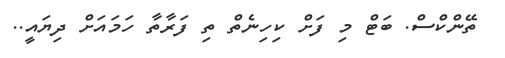
ތޭންކްސް. ބަޓް މި ފަށް ކިހިނެތް ތި ފަރާތާ ހަމައަށް ދިޔައީ..